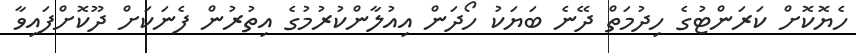
ހެޔޮކޮށް ކަރަންޓުގެ ހިދުމަތް ދޭނެ ބަޔަކު ހޯދަން އިއުލާންކުރުމުގެ އިތުރުން ފެނަކަށް ދޫކޮށްފައިވާ